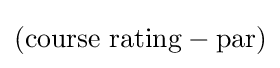
({\mbox{course rating}}-{\mbox{par}})